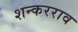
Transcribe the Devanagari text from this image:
शन्करराव